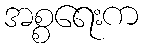
အစ္စရေးက